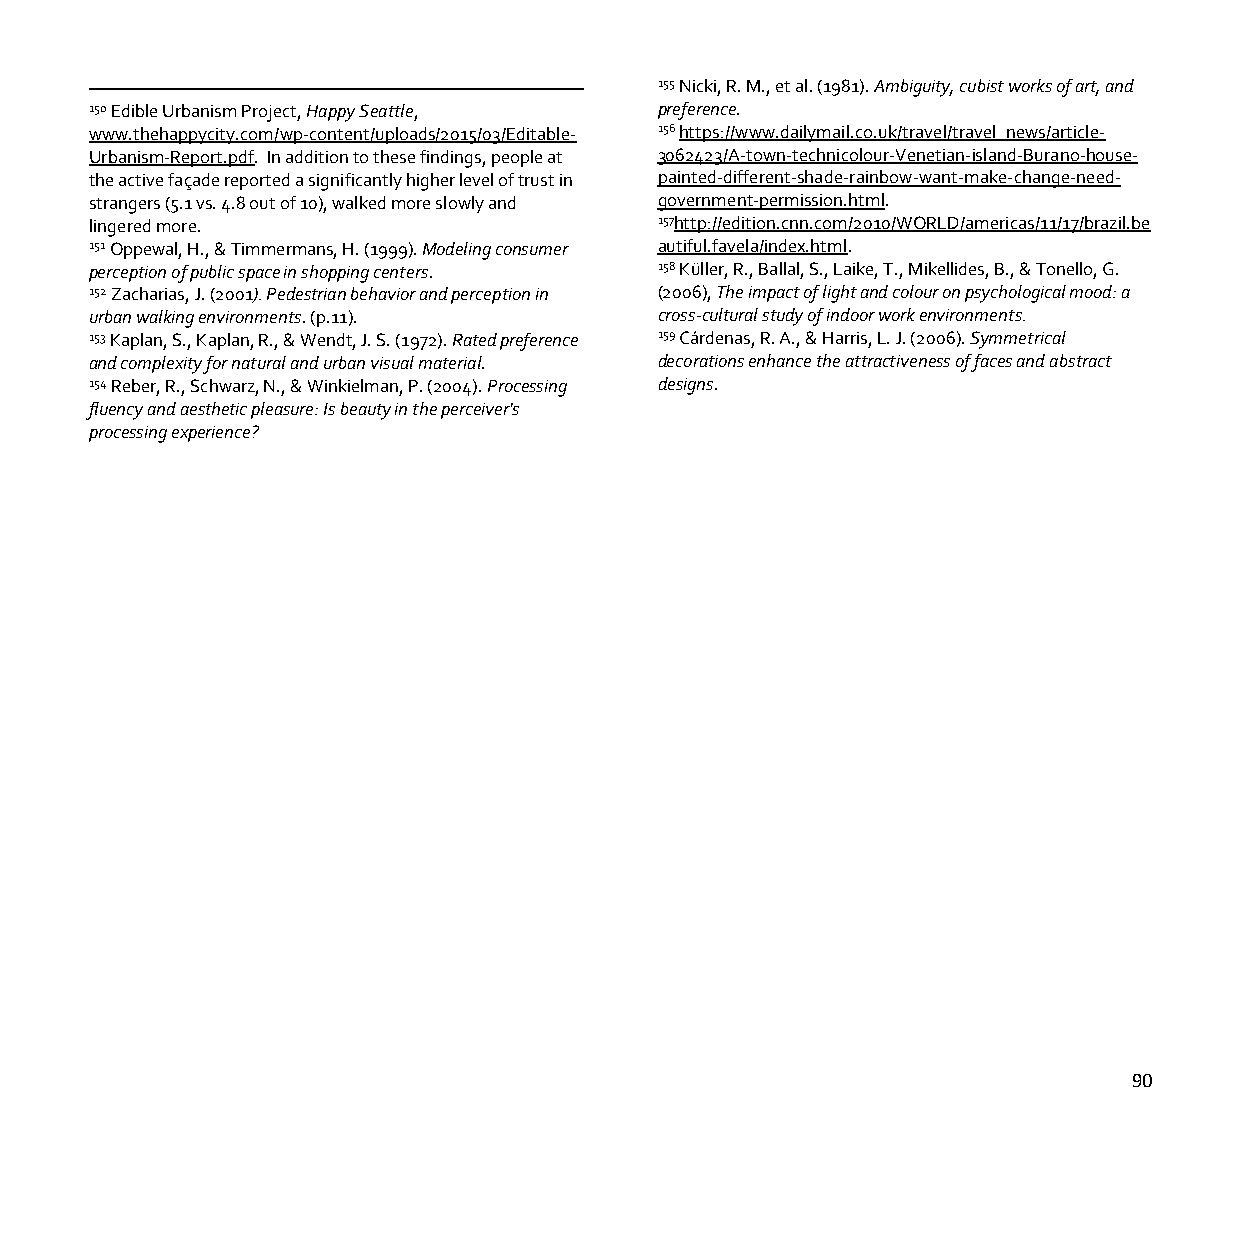
155 Nicki, R. M., et al. (1981). Ambiguity, cubist works of art, and
 150 Edible Urbanism Project, Happy Seattle, preference.
 www.thehappycity.com/wp-content/uploads/2015/03/Editable- 156 https://www.dailymail.co.uk/travel/travel_news/article-
 Urbanism-Report.pdf. In addition to these findings, people at 3062423/A-town-technicolour-Venetian-island-Burano-house-
 the active façade reported a significantly higher level of trust in painted-different-shade-rainbow-want-make-change-need-
 strangers (5.1 vs. 4.8 out of 10), walked more slowly and government-permission.html.
 lingered more.                        157http://edition.cnn.com/2010/WORLD/americas/11/17/brazil.be
 151 Oppewal, H., & Timmermans, H. (1999). Modeling consumer autiful.favela/index.html.
 perception of public space in shopping centers. 158 Küller, R., Ballal, S., Laike, T., Mikellides, B., & Tonello, G.
 152 Zacharias, J. (2001). Pedestrian behavior and perception in (2006), The impact of light and colour on psychological mood: a
 urban walking environments. (p.11).   cross-cultural study of indoor work environments.
 153 Kaplan, S., Kaplan, R., & Wendt, J. S. (1972). Rated preference 159 Cárdenas, R. A., & Harris, L. J. (2006). Symmetrical
 and complexity for natural and urban visual material. decorations enhance the attractiveness of faces and abstract
 154 Reber, R., Schwarz, N., & Winkielman, P. (2004). Processing designs.
 fluency and aesthetic pleasure: Is beauty in the perceiver's
 processing experience?
 90